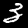
Digit: 3